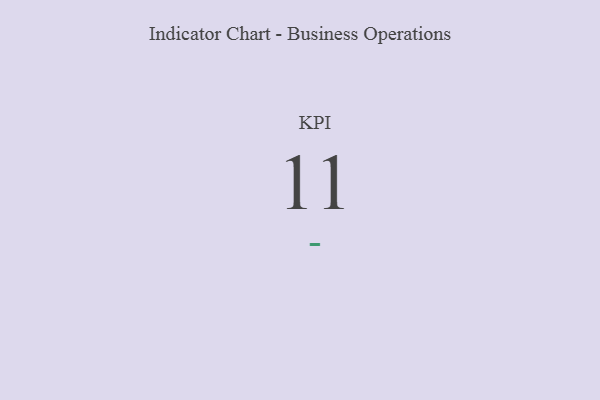
{"axis": {"x": "KPI", "y": "Value"}, "legend": [""], "data": [{"x": "KPI", "y": 11, "type": ""}]}